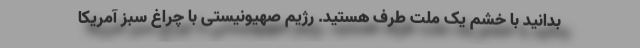
بدانید با خشم یک ملت طرف هستید. رژیم صهیونیستی با چراغ سبز آمریکا